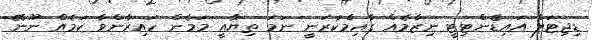
ޑިޖިޓަލް އައިޑެންޓިޓީ ނިޒާމެއް ގާއިމްކުރަނީ ނަމަ ތިޔާއީ މަމެން ހައިރާންވާ ކަމެއް ނޫނޭ